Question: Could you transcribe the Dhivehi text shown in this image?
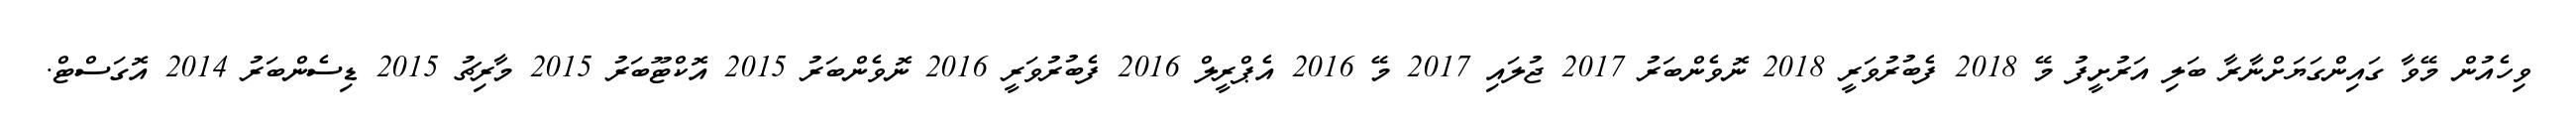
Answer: ވިހެއުން މޭވާ ގައިންގަޔަށްނާރާ ބަލި އަރުށީފު މޭ 2018 ފެބުރުވަރީ 2018 ނޮވެންބަރު 2017 ޖުލައި 2017 މޭ 2016 އެޕްރީލް 2016 ފެބުރުވަރީ 2016 ނޮވެންބަރު 2015 އޮކްޓޫބަރު 2015 މާރިޗު 2015 ޑިސެންބަރު 2014 އޮގަސްޓް.